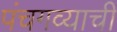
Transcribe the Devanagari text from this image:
पंचगव्याची